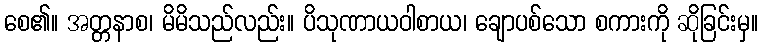
စေ၏။ အတ္တနာစ၊ မိမိသည်လည်း။ ပိသုဏာယဝါစာယ၊ ချောပစ်သော စကားကို ဆိုခြင်းမှ။